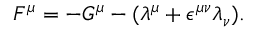
F ^ { \mu } = - G ^ { \mu } - ( { \lambda } ^ { \mu } + { \epsilon } ^ { { \mu } { \nu } } { \lambda } _ { \nu } ) .